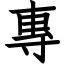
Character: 專